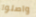
واصلوا